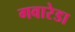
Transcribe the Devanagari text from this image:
गवारेडा